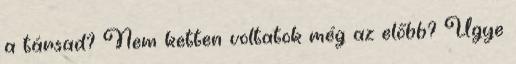
a társad? Nem ketten voltatok még az előbb? Ugye